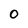
Character: O